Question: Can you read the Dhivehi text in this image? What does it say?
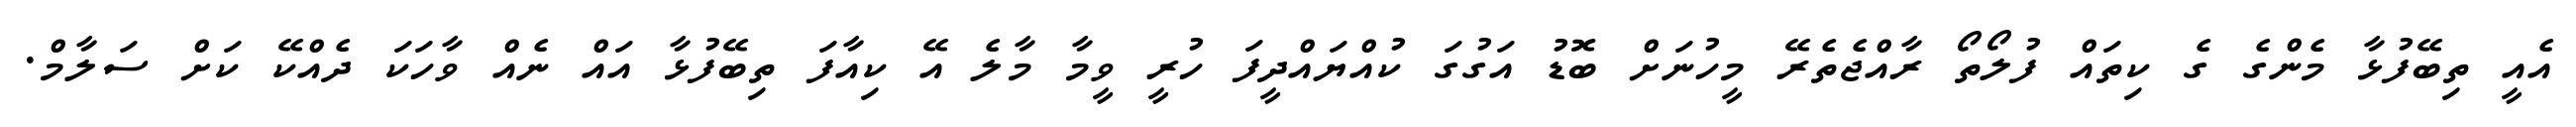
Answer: އެއީ ތިބޭފުޅާ މެންގެ ގެ ކިތައް ފުލޯތޯ ރާއްޖެތެރޭ މީހުނަށް ބޮޑު އަގުގަ ކުއްޔައްދީފަ ހުރީ ވީމާ މާލެ އޭ ކިއާފަ ތިބޭފުޅާ އައް ނެއް ވާހަކަ ދެއްކޭ ކަށް ސަލާމް.